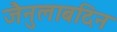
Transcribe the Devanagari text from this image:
जैनुलाबदिन